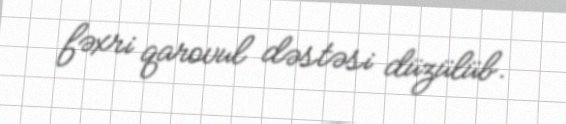
fəxri qarovul dəstəsi düzülüb.